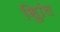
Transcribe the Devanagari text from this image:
शुिांत